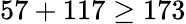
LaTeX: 57+117\geq 173